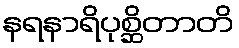
နရနာရိပုစ္ဆိတာတိ